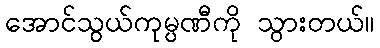
အောင်သွယ်ကုမ္ပဏီကို သွားတယ်။